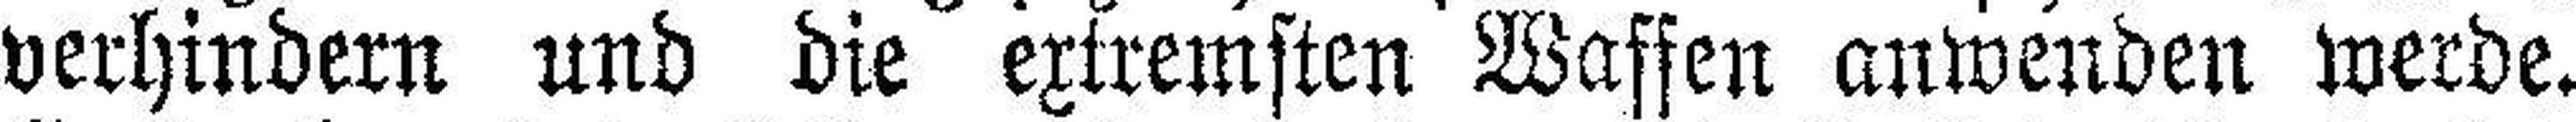
verhindern und die extremsten Waffen anwenden werde.